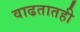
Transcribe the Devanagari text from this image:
वाढतातही